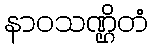
နာဝသဏ္ဌိတံ